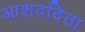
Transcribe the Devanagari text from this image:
आशवदिता